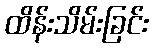
ထိန်းသိမ်းခြင်း